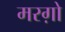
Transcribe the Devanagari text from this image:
मरग़ो